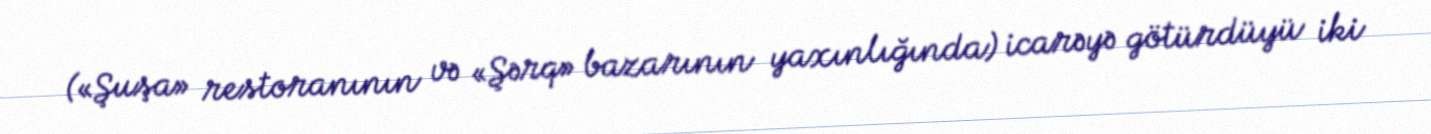
(«Şuşa» restoranının və «Şərq» bazarının yaxınlığında) icarəyə götürdüyü iki